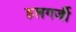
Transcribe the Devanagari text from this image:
हलगर्जी